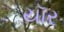
યૉર